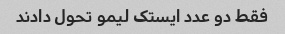
فقط دو عدد ایستک لیمو تحول دادند